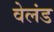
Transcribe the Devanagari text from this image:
वेलंड